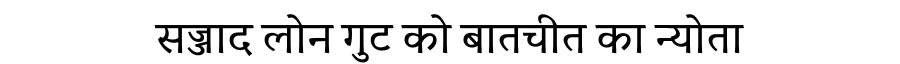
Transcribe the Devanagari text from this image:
सज्जाद लोन गुट को बातचीत का न्योता